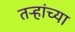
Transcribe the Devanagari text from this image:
तर्‍हांच्या